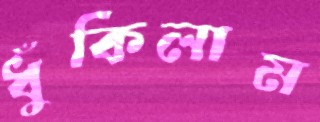
ধুঁকিলাম